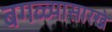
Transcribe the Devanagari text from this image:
बगळ्यासारखे